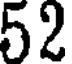
52